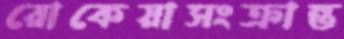
রোকেয়াসংক্রান্ত